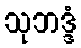
သုဘဒ္ဒံ